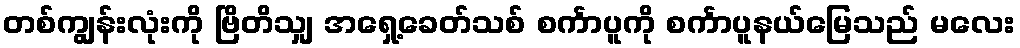
တစ်ကျွန်းလုံးကို ဗြိတိသျှ အရှေ့ခေတ်သစ် စင်္ကာပူကို စင်္ကာပူနယ်မြေသည် မလေး